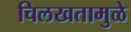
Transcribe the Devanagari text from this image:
चिलखतामुळे